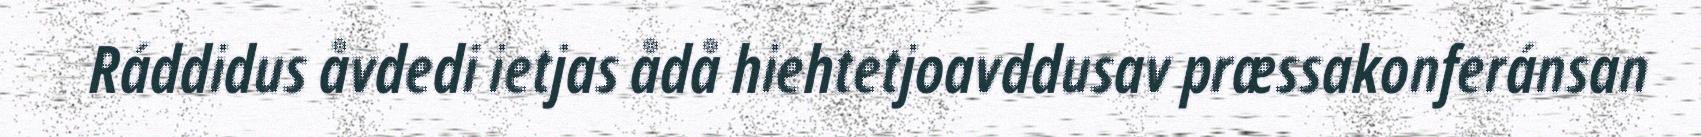
Ráddidus åvdedi ietjas ådå hiehtetjoavddusav præssakonferánsan